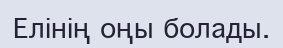
Елінің оңы болады.